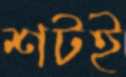
শটই